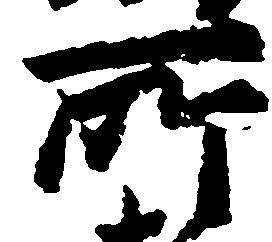
所